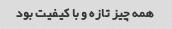
همه چیز تازه و با کیفیت بود